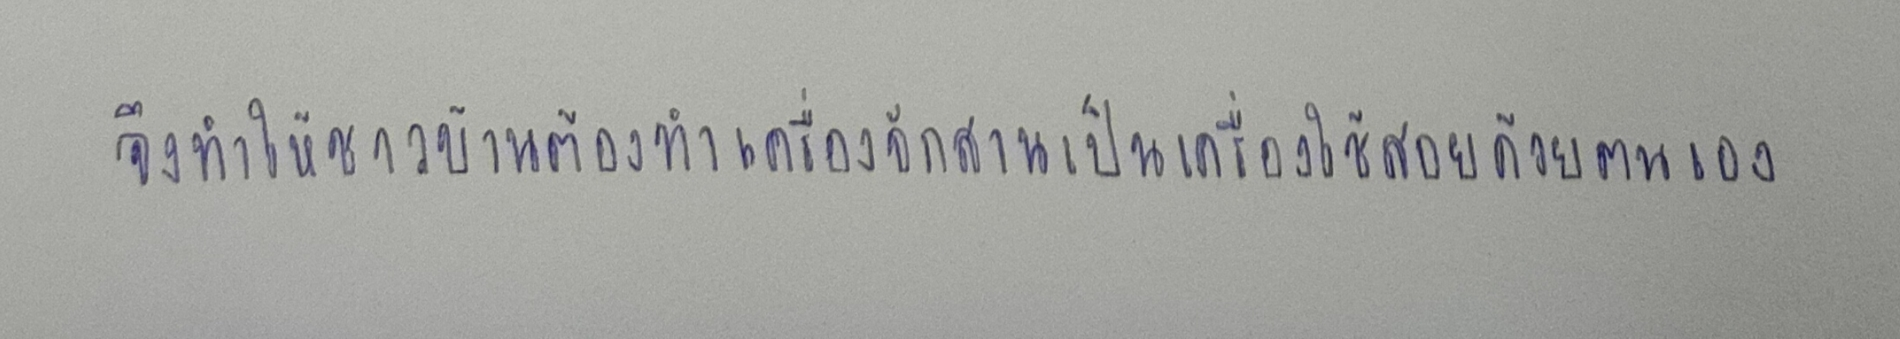
จึงทำให้ชาวบ้านต้องทำเครื่องจักสานเป็นเครื่องใช้สอยด้วยตนเอง